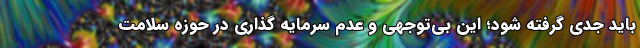
باید جدی گرفته شود؛ این بی‌توجهی و عدم سرمایه گذاری در حوزه سلامت